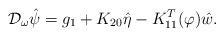
LaTeX: \begin{align*}\mathcal{D}_{\omega}\hat{\psi}=g_1+K_{20} \hat{\eta}-K_{11}^T(\varphi) \hat{w}.\end{align*}